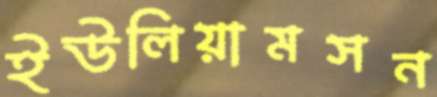
ইউলিয়ামসন